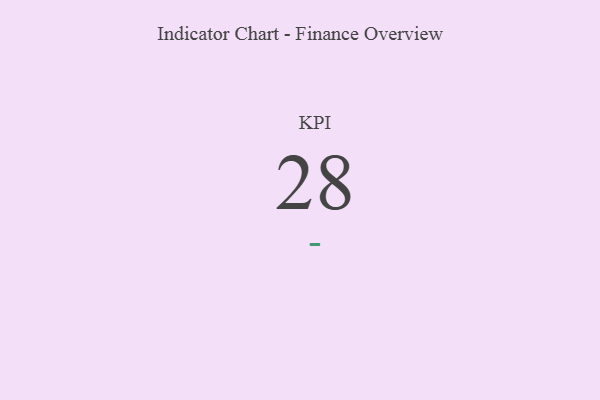
{"axis": {"x": "KPI", "y": "Value"}, "legend": [""], "data": [{"x": "KPI", "y": 28, "type": ""}]}